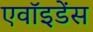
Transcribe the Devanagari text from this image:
एवॉइडेंस